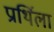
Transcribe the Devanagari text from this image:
प्रार्थिला